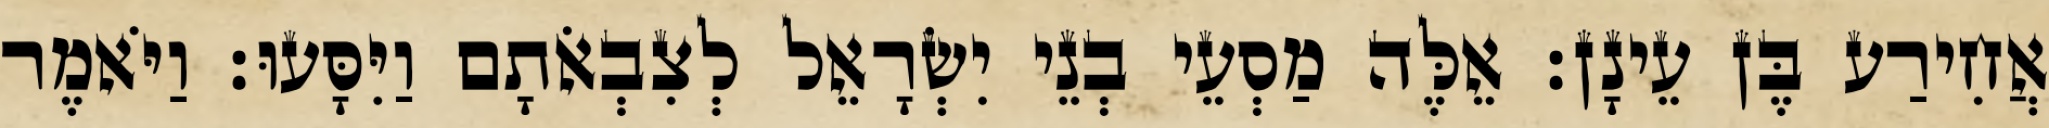
אֲחִירַע בֶּן עֵינָן׃ אֵלֶּה מַסְעֵי בְנֵי יִשְׂרָאֵל לְצִבְאֹתָם וַיִּסָּעוּ׃ וַיֹּאמֶר